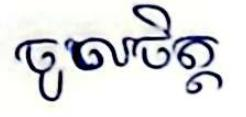
ចូលចិត្ត